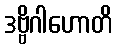
ဒဗ္ဗိဂါဟောတိ